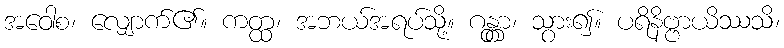
အဝေါစ၊ လျှောက်၏။ ကတ္ထ၊ အဘယ်အရပ်သို့။ ဂန္တွာ၊ သွား၍။ ပရိနိဗ္ဗာယိဿသိ၊